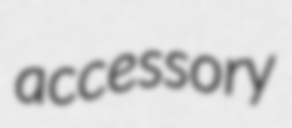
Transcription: accessory